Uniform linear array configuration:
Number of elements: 16
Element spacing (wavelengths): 1
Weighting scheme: cosine
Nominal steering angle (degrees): -15
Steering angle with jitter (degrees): -14.554
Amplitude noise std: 0.05
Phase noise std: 0.05

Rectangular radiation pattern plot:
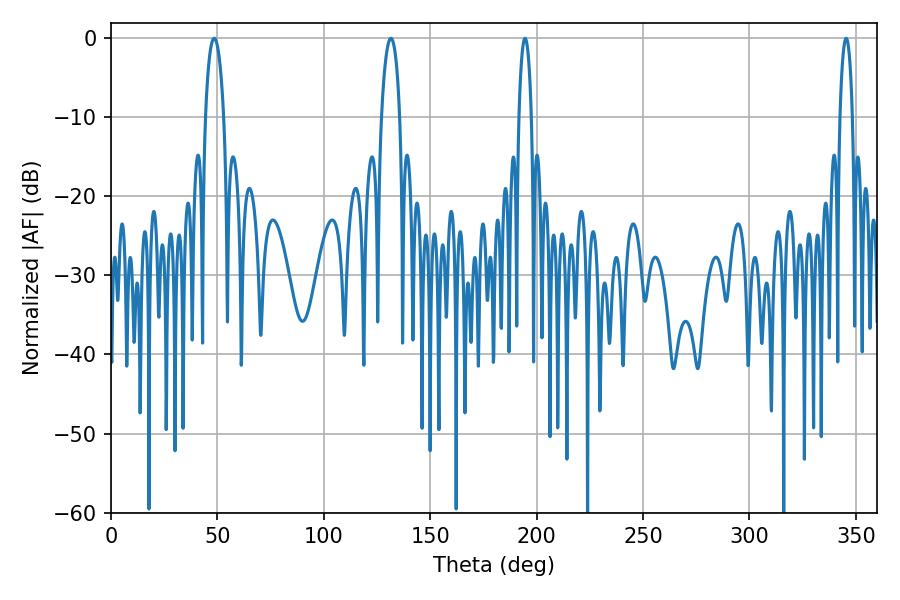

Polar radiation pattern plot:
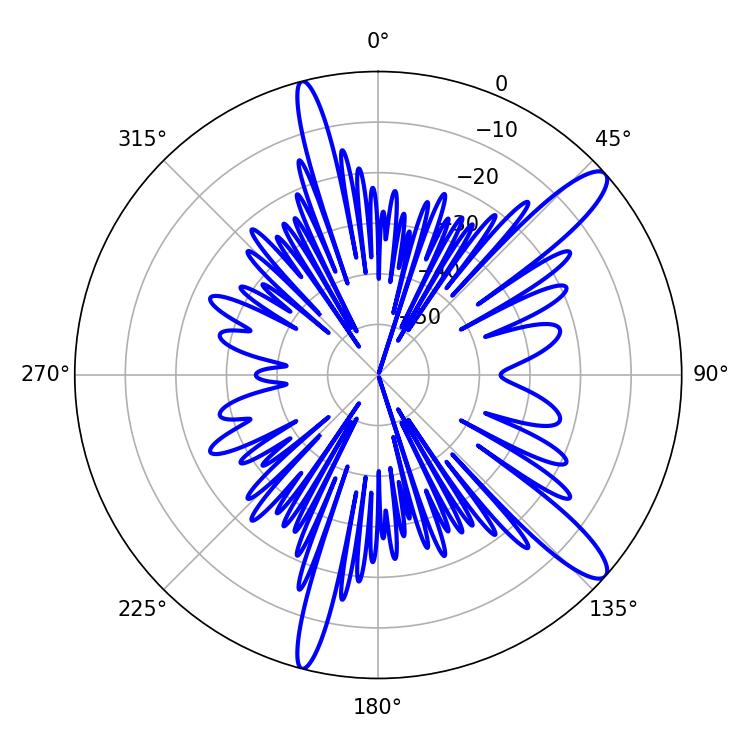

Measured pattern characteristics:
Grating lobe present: TRUE
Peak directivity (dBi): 12.609
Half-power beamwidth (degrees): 3.24
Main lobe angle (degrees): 345.42